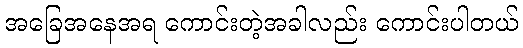
အခြေအနေအရ ကောင်းတဲ့အခါလည်း ကောင်းပါတယ်